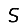
Digit: 5